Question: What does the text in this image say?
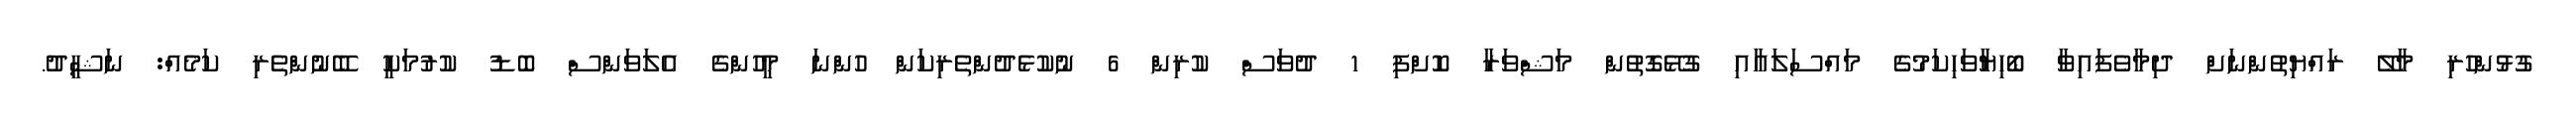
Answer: ގުޅުންހުރި މާލޭ ރައްޔިތުންނަށް ދިމާވެފައިވާ ބޯހިޔާވަހިކަމުގެ މައްސަލައާއި ގުޅޭގޮތުން މަޝްވަރާ ކޮށްފި 1 ދުވަސް ކުރިން 6 ނުކުޅެދުންތެރިކަން ހުންނަ މީހުންގެ އެލަވަންސް ބޮޑު ކުރުމަކީ ބޭނުންތެރި ކަމެއް: ނަޝީދު.